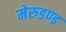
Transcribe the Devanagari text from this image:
मेरुडण्ड